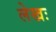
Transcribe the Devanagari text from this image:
लेखः